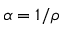
\alpha = 1 / \rho